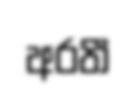
අරතී